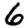
Digit: 6